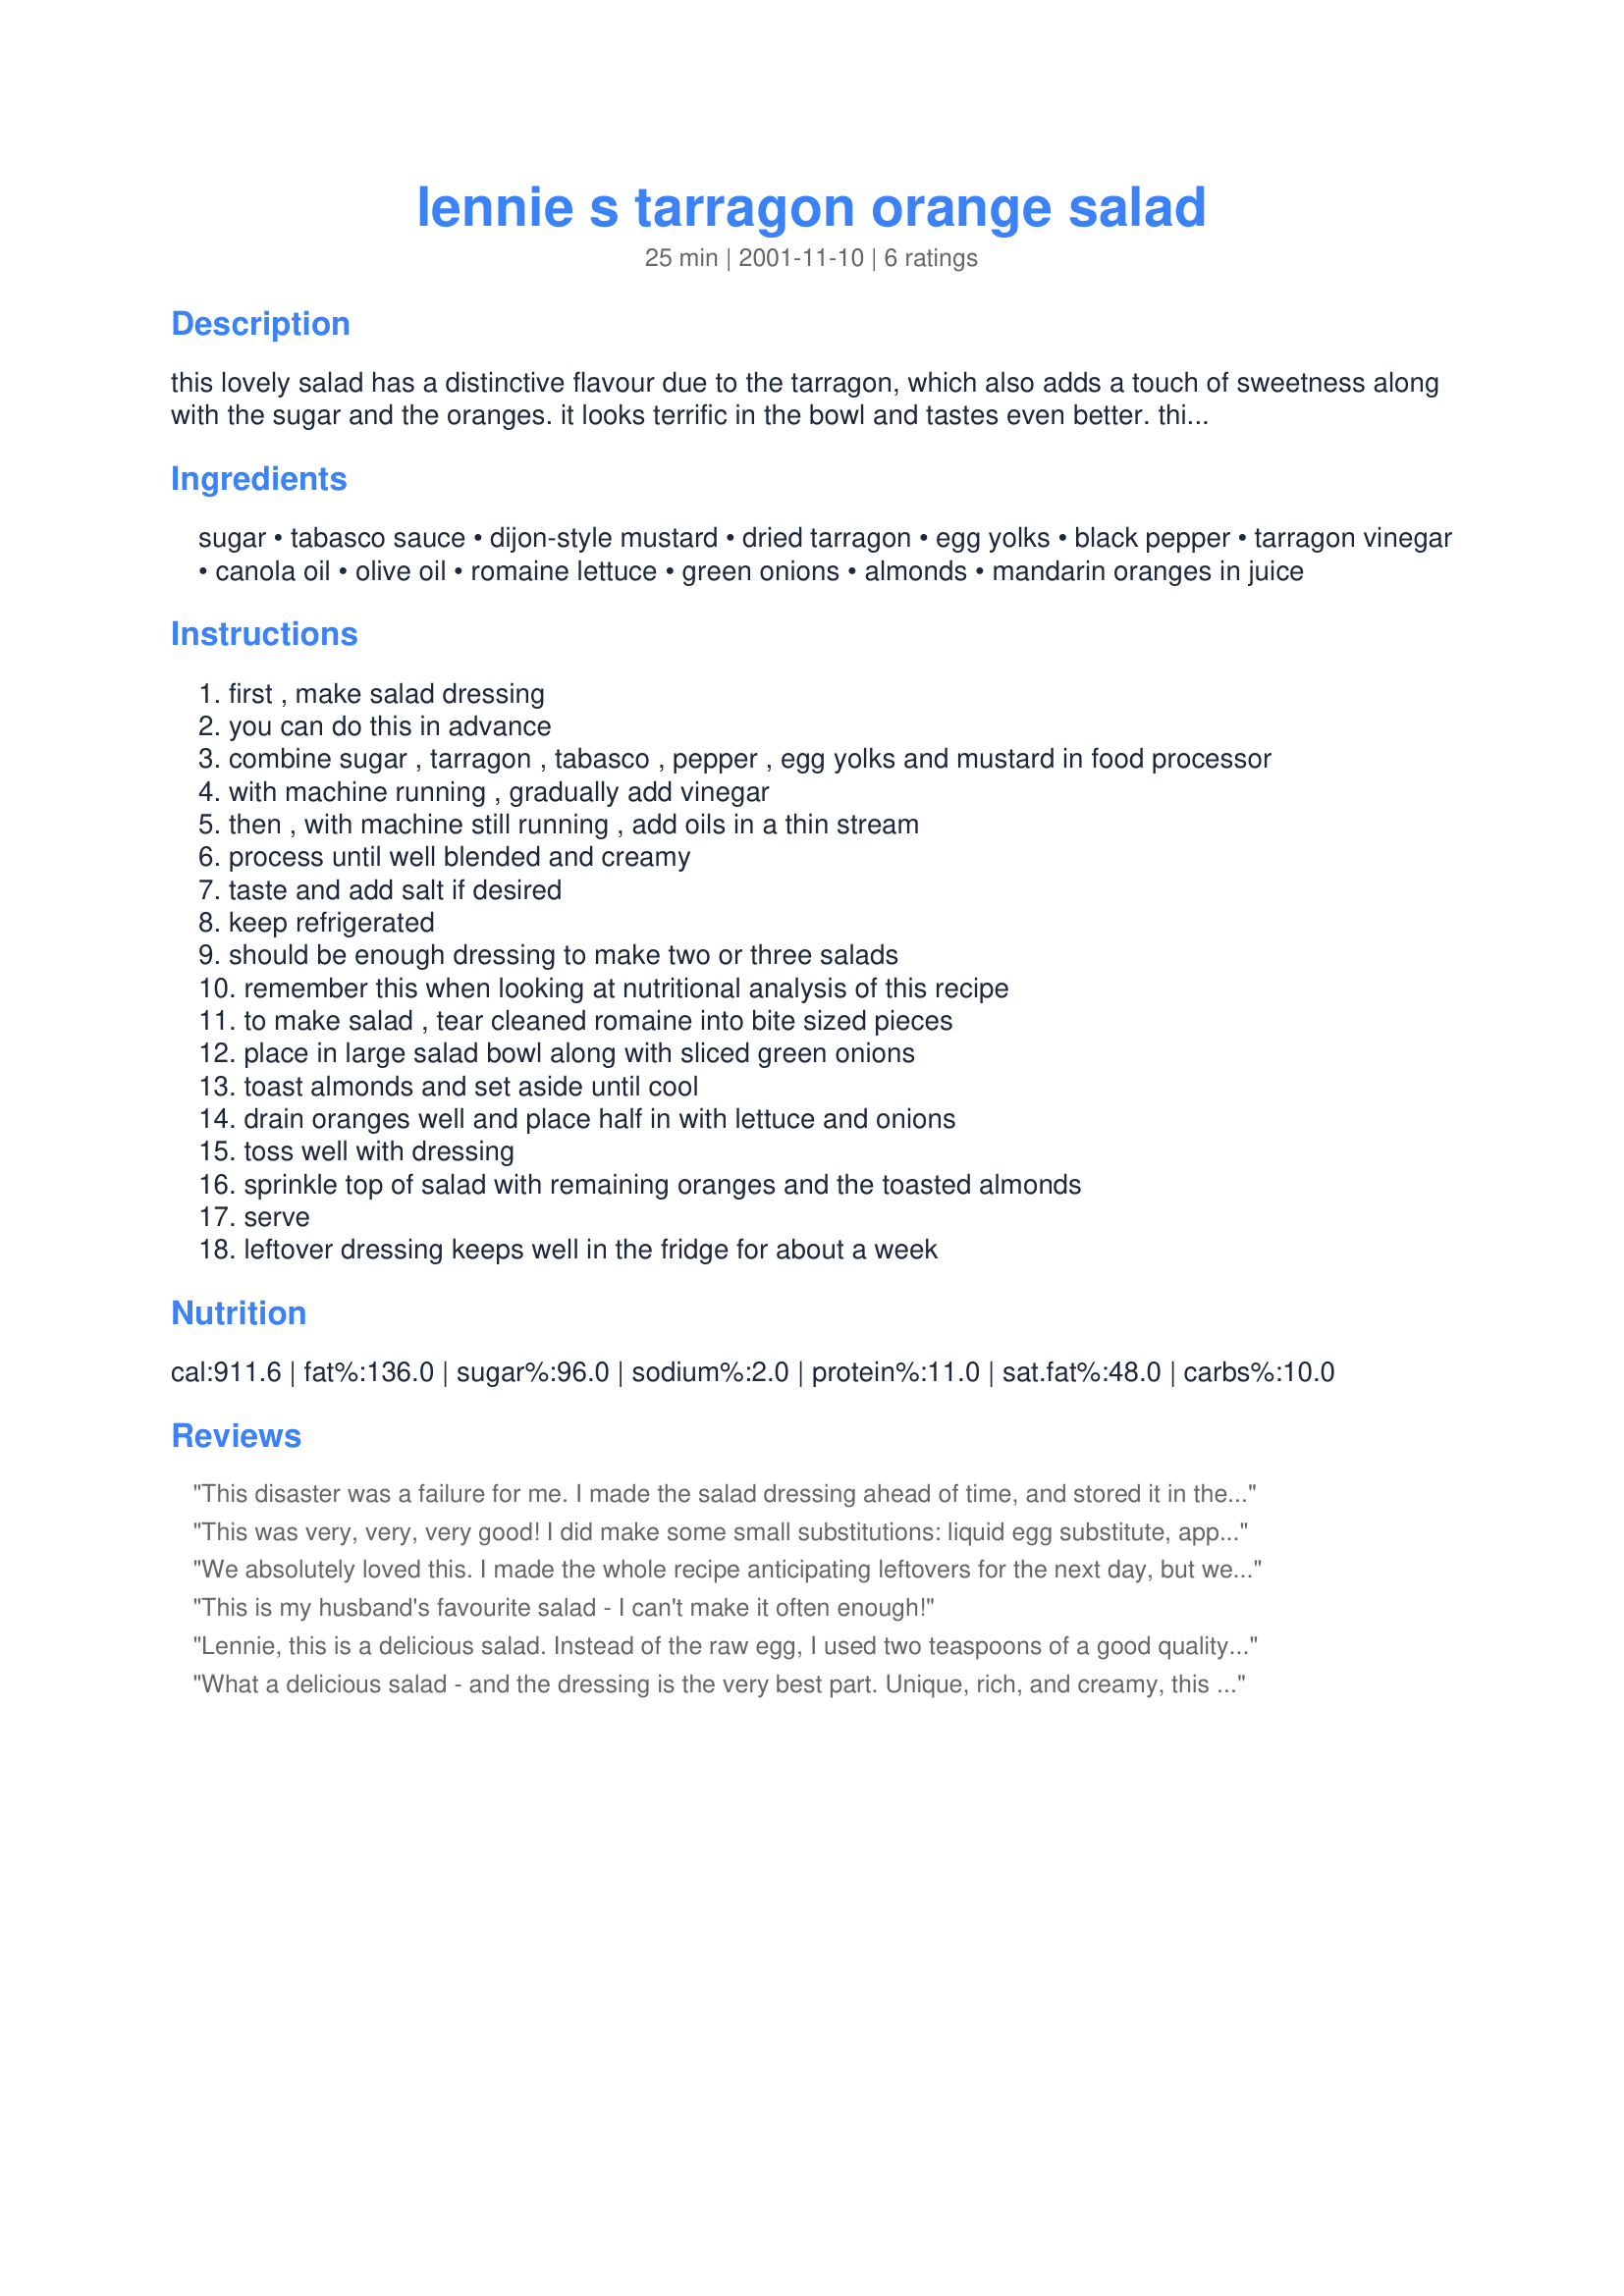
lennie s tarragon orange salad
Preparation time: 25 minutes

this lovely salad has a distinctive flavour due to the tarragon, which also adds a touch of sweetness along with the sugar and the oranges. it looks terrific in the bowl and tastes even better. this salad is based on one served at the magic pan restaurants here in toronto back in the 1970s; the recipe was published in the local paper ages ago and i modified it a bit to more suit my tastes. the magic pan is now gone but its memory lives on with this delicious salad!

Ingredients:
sugar, tabasco sauce, dijon-style mustard, dried tarragon, egg yolks, black pepper, tarragon vinegar, canola oil, olive oil, romaine lettuce, green onions, almonds, mandarin oranges in juice

Steps:
first , make salad dressing
you can do this in advance
combine sugar , tarragon , tabasco , pepper , egg yolks and mustard in food processor
with machine running , gradually add vinegar
then , with machine still running , add oils in a thin stream
process until well blended and creamy
taste and add salt if desired
keep refrigerated
should be enough dressing to make two or three salads
remember this when looking at nutritional analysis of this recipe
to make salad , tear cleaned romaine into bite sized pieces
place in large salad bowl along with sliced green onions
toast almonds and set aside until cool
drain oranges well and place half in with lettuce and onions
toss well with dressing
sprinkle top of salad with remaining oranges and the toasted almonds
serve
leftover dressing keeps well in the fridge for about a week

Reviews:
This disaster was a failure for me. I made the salad dressing ahead of time, and stored it in the fridge for 2 days. Then made the salad the morning of, exactly as the recipe recommended, but had to store it in my fridge for 4 hours before the dinner event I was bringing it to. By the time I arrived at the party, the salad was a soupy mess. The dressing tasted fattening, vinegary and oily. Thumbs down. I won't make this again.
This was very, very, very good! I did make some small substitutions: liquid egg substitute, apple cider vinegar, splenda, and canned clementine oranges. I am starting to salivate as I sit here typing! Thanks for a great recipe!
We absolutely loved this. I made the whole recipe anticipating leftovers for the next day, but we ate it all! The tartness along with the creamy dressing is just a great combination. I browned the almonds in a little butter and then drained them on a paper towel before adding to salad. Great crunch factor! Thanks Lennie for an awesome salad.
This is my husband's favourite salad - I can't make it often enough!
Lennie, this is a delicious salad. Instead of the raw egg, I used two teaspoons of a good quality mayonaise and the texture of the dressing was just right. I also used fresh mandarins instead of tinned and laboriously picked off all of the white pith but it was well worth the effort. I will most definitely make this recipe again - I imagine it would go very well with any chicken dish because of the taragon. Thanks so much.
What a delicious salad - and the dressing is the very best part. Unique, rich, and creamy, this dressing is so tasty that I wanted to lick the bowl clean. I did have a concern about the raw eggs in the dressing, and after consulting with the recipe poster, I tried using pastuerized egg substitutes. They worked out very well and produced a thick, rich, creamy dressing. Excellent!
